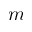
m